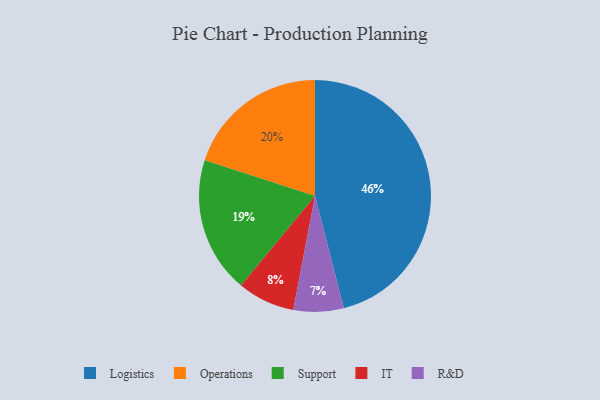
{"axis": {"x": "Category", "y": "Percentage"}, "legend": ["IT", "Logistics", "Operations", "R&D", "Support"], "data": [{"x": "Logistics", "y": 46, "type": "Logistics"}, {"x": "Support", "y": 19, "type": "Support"}, {"x": "R&D", "y": 7, "type": "R&D"}, {"x": "Operations", "y": 20, "type": "Operations"}, {"x": "IT", "y": 8, "type": "IT"}]}